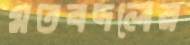
মতবদলের